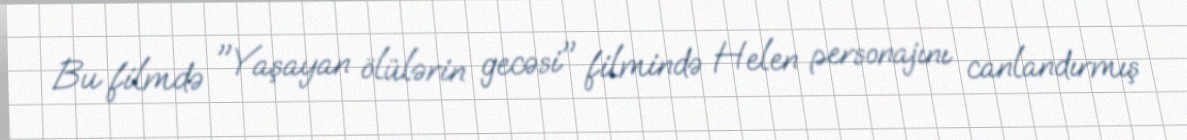
Bu filmdə "Yaşayan ölülərin gecəsi" filmində Helen personajını canlandırmış